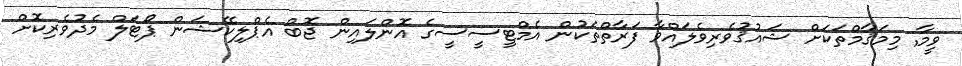
ވީމާ